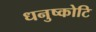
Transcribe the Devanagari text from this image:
धनुष्कोटि